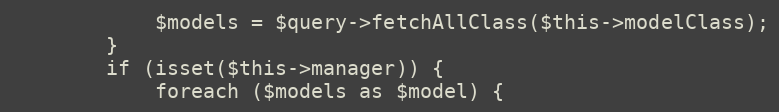
Language: PHP
            $models = $query->fetchAllClass($this->modelClass);
        }
        if (isset($this->manager)) {
            foreach ($models as $model) {